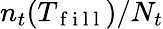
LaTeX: n_{t}(T_{\mathrm{~f~i~l~l~}})/N_{t}